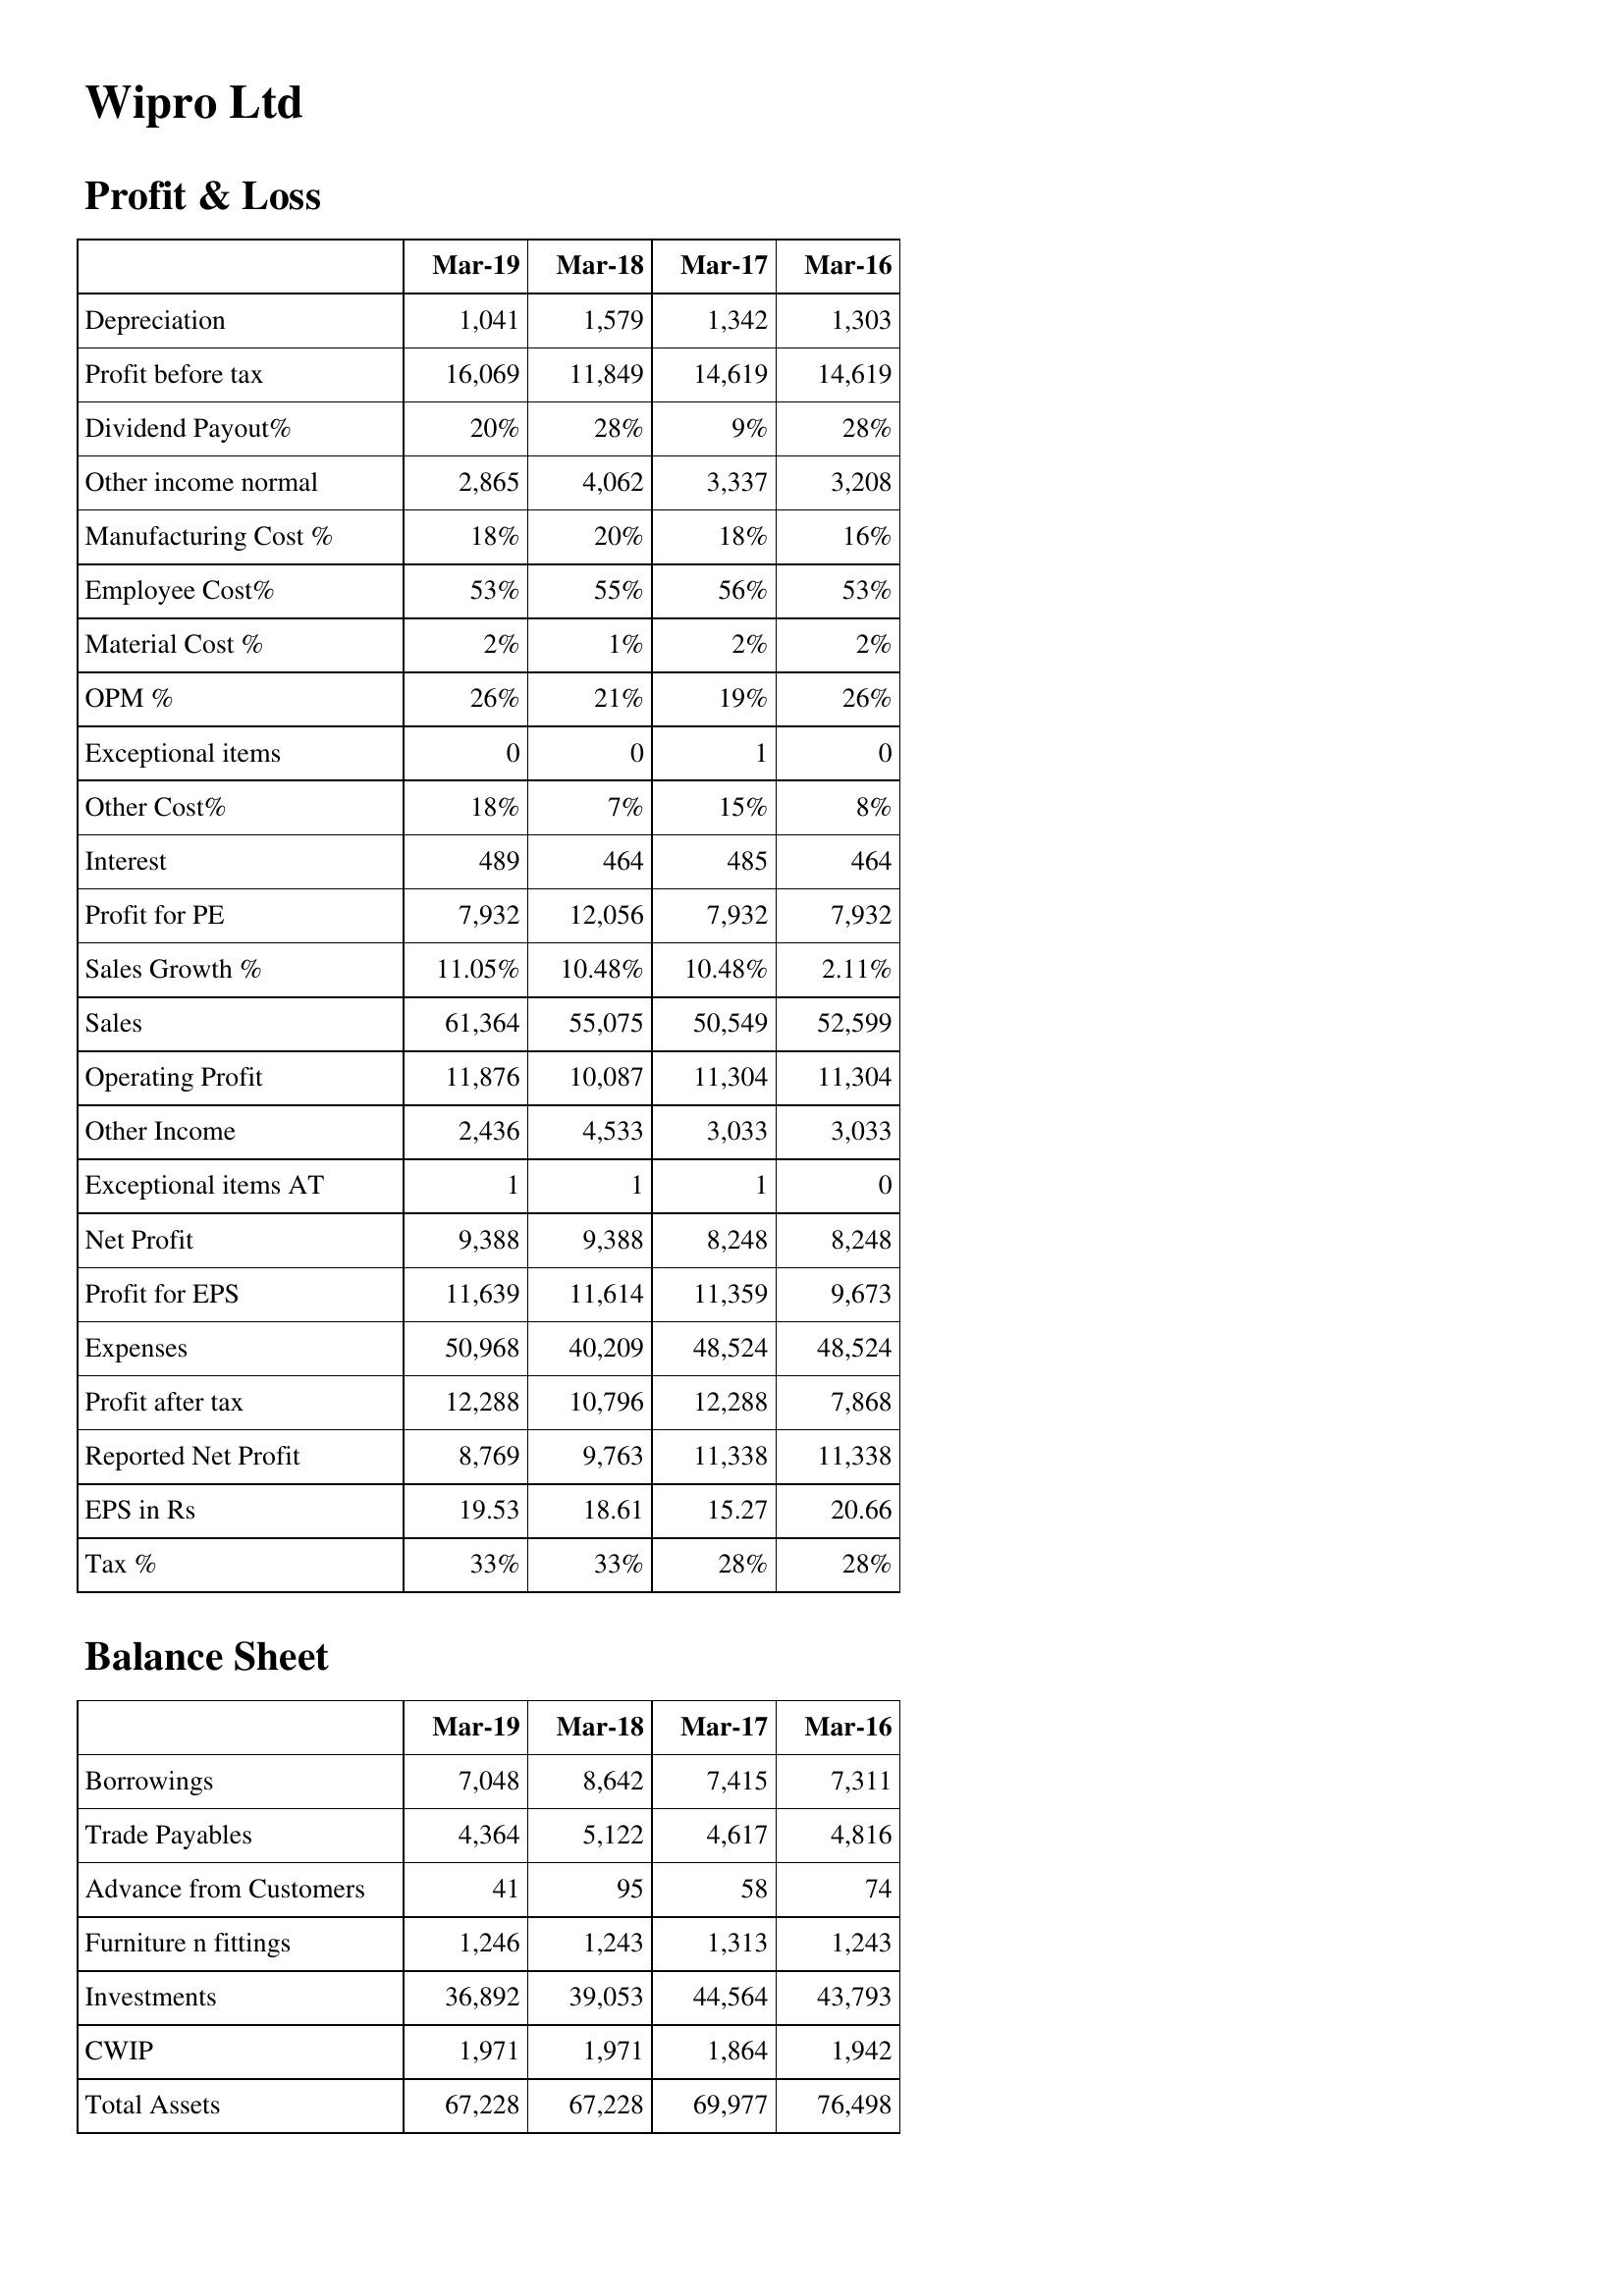
Mar-19: Profit & Loss: Depreciation: 1,041
Profit before tax: 16,069
Dividend Payout%: 20%
Other income normal: 2,865
Manufacturing Cost %: 18%
Employee Cost%: 53%
Material Cost %: 2%
OPM %: 26%
Exceptional items: 0
Other Cost%: 18%
Interest: 489
Profit for PE: 7,932
Sales Growth %: 11.05%
Sales: 61,364
Operating Profit: 11,876
Other Income: 2,436
Exceptional items AT: 1
Net Profit: 9,388
Profit for EPS: 11,639
Expenses: 50,968
Profit after tax: 12,288
Reported Net Profit: 8,769
EPS in Rs: 19.53
Tax %: 33%
Balance Sheet: Borrowings: 7,048
Trade Payables: 4,364
Advance from Customers: 41
Furniture n fittings: 1,246
Investments: 36,892
CWIP: 1,971
Total Assets: 67,228
Mar-18: Profit & Loss: Depreciation: 1,579
Profit before tax: 11,849
Dividend Payout%: 28%
Other income normal: 4,062
Manufacturing Cost %: 20%
Employee Cost%: 55%
Material Cost %: 1%
OPM %: 21%
Exceptional items: 0
Other Cost%: 7%
Interest: 464
Profit for PE: 12,056
Sales Growth %: 10.48%
Sales: 55,075
Operating Profit: 10,087
Other Income: 4,533
Exceptional items AT: 1
Net Profit: 9,388
Profit for EPS: 11,614
Expenses: 40,209
Profit after tax: 10,796
Reported Net Profit: 9,763
EPS in Rs: 18.61
Tax %: 33%
Balance Sheet: Borrowings: 8,642
Trade Payables: 5,122
Advance from Customers: 95
Furniture n fittings: 1,243
Investments: 39,053
CWIP: 1,971
Total Assets: 67,228
Mar-17: Profit & Loss: Depreciation: 1,342
Profit before tax: 14,619
Dividend Payout%: 9%
Other income normal: 3,337
Manufacturing Cost %: 18%
Employee Cost%: 56%
Material Cost %: 2%
OPM %: 19%
Exceptional items: 1
Other Cost%: 15%
Interest: 485
Profit for PE: 7,932
Sales Growth %: 10.48%
Sales: 50,549
Operating Profit: 11,304
Other Income: 3,033
Exceptional items AT: 1
Net Profit: 8,248
Profit for EPS: 11,359
Expenses: 48,524
Profit after tax: 12,288
Reported Net Profit: 11,338
EPS in Rs: 15.27
Tax %: 28%
Balance Sheet: Borrowings: 7,415
Trade Payables: 4,617
Advance from Customers: 58
Furniture n fittings: 1,313
Investments: 44,564
CWIP: 1,864
Total Assets: 69,977
Mar-16: Profit & Loss: Depreciation: 1,303
Profit before tax: 14,619
Dividend Payout%: 28%
Other income normal: 3,208
Manufacturing Cost %: 16%
Employee Cost%: 53%
Material Cost %: 2%
OPM %: 26%
Exceptional items: 0
Other Cost%: 8%
Interest: 464
Profit for PE: 7,932
Sales Growth %: 2.11%
Sales: 52,599
Operating Profit: 11,304
Other Income: 3,033
Exceptional items AT: 0
Net Profit: 8,248
Profit for EPS: 9,673
Expenses: 48,524
Profit after tax: 7,868
Reported Net Profit: 11,338
EPS in Rs: 20.66
Tax %: 28%
Balance Sheet: Borrowings: 7,311
Trade Payables: 4,816
Advance from Customers: 74
Furniture n fittings: 1,243
Investments: 43,793
CWIP: 1,942
Total Assets: 76,498